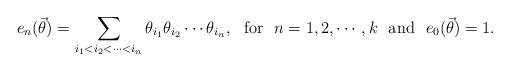
LaTeX: \begin{align*} e_n (\vec{\theta}) = \sum_{i_1< i_2<\cdots<i_n} \theta_{i_1} \theta_{i_2}\cdots \theta_{i_n}, ~~{\rm for}~~ n=1,2,\cdots,k ~~{\rm and}~~e_0(\vec{\theta})=1.\end{align*}